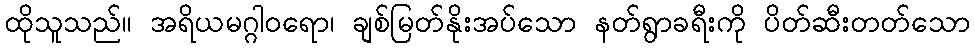
ထိုသူသည်။ အရိယမဂ္ဂါဝရော၊ ချစ်မြတ်နိုးအပ်သော နတ်ရွာခရီးကို ပိတ်ဆီးတတ်သော